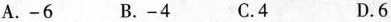
A. -6 B. -4 C. 4 D. 6